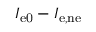
I _ { \mathrm { e 0 } } - I _ { \mathrm { e , n e } }